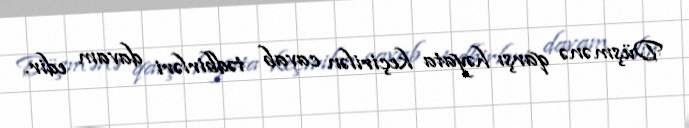
Düşmənə qarşı həyata keçirilən cavab tədbirləri davam edir.